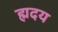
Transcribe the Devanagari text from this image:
ह्मदय